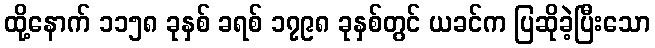
ထို့နောက် ၁၁၅၈ ခုနှစ် ခရစ် ၁၇၉၈ ခုနှစ်တွင် ယခင်က ပြဆိုခဲ့ပြီးသော